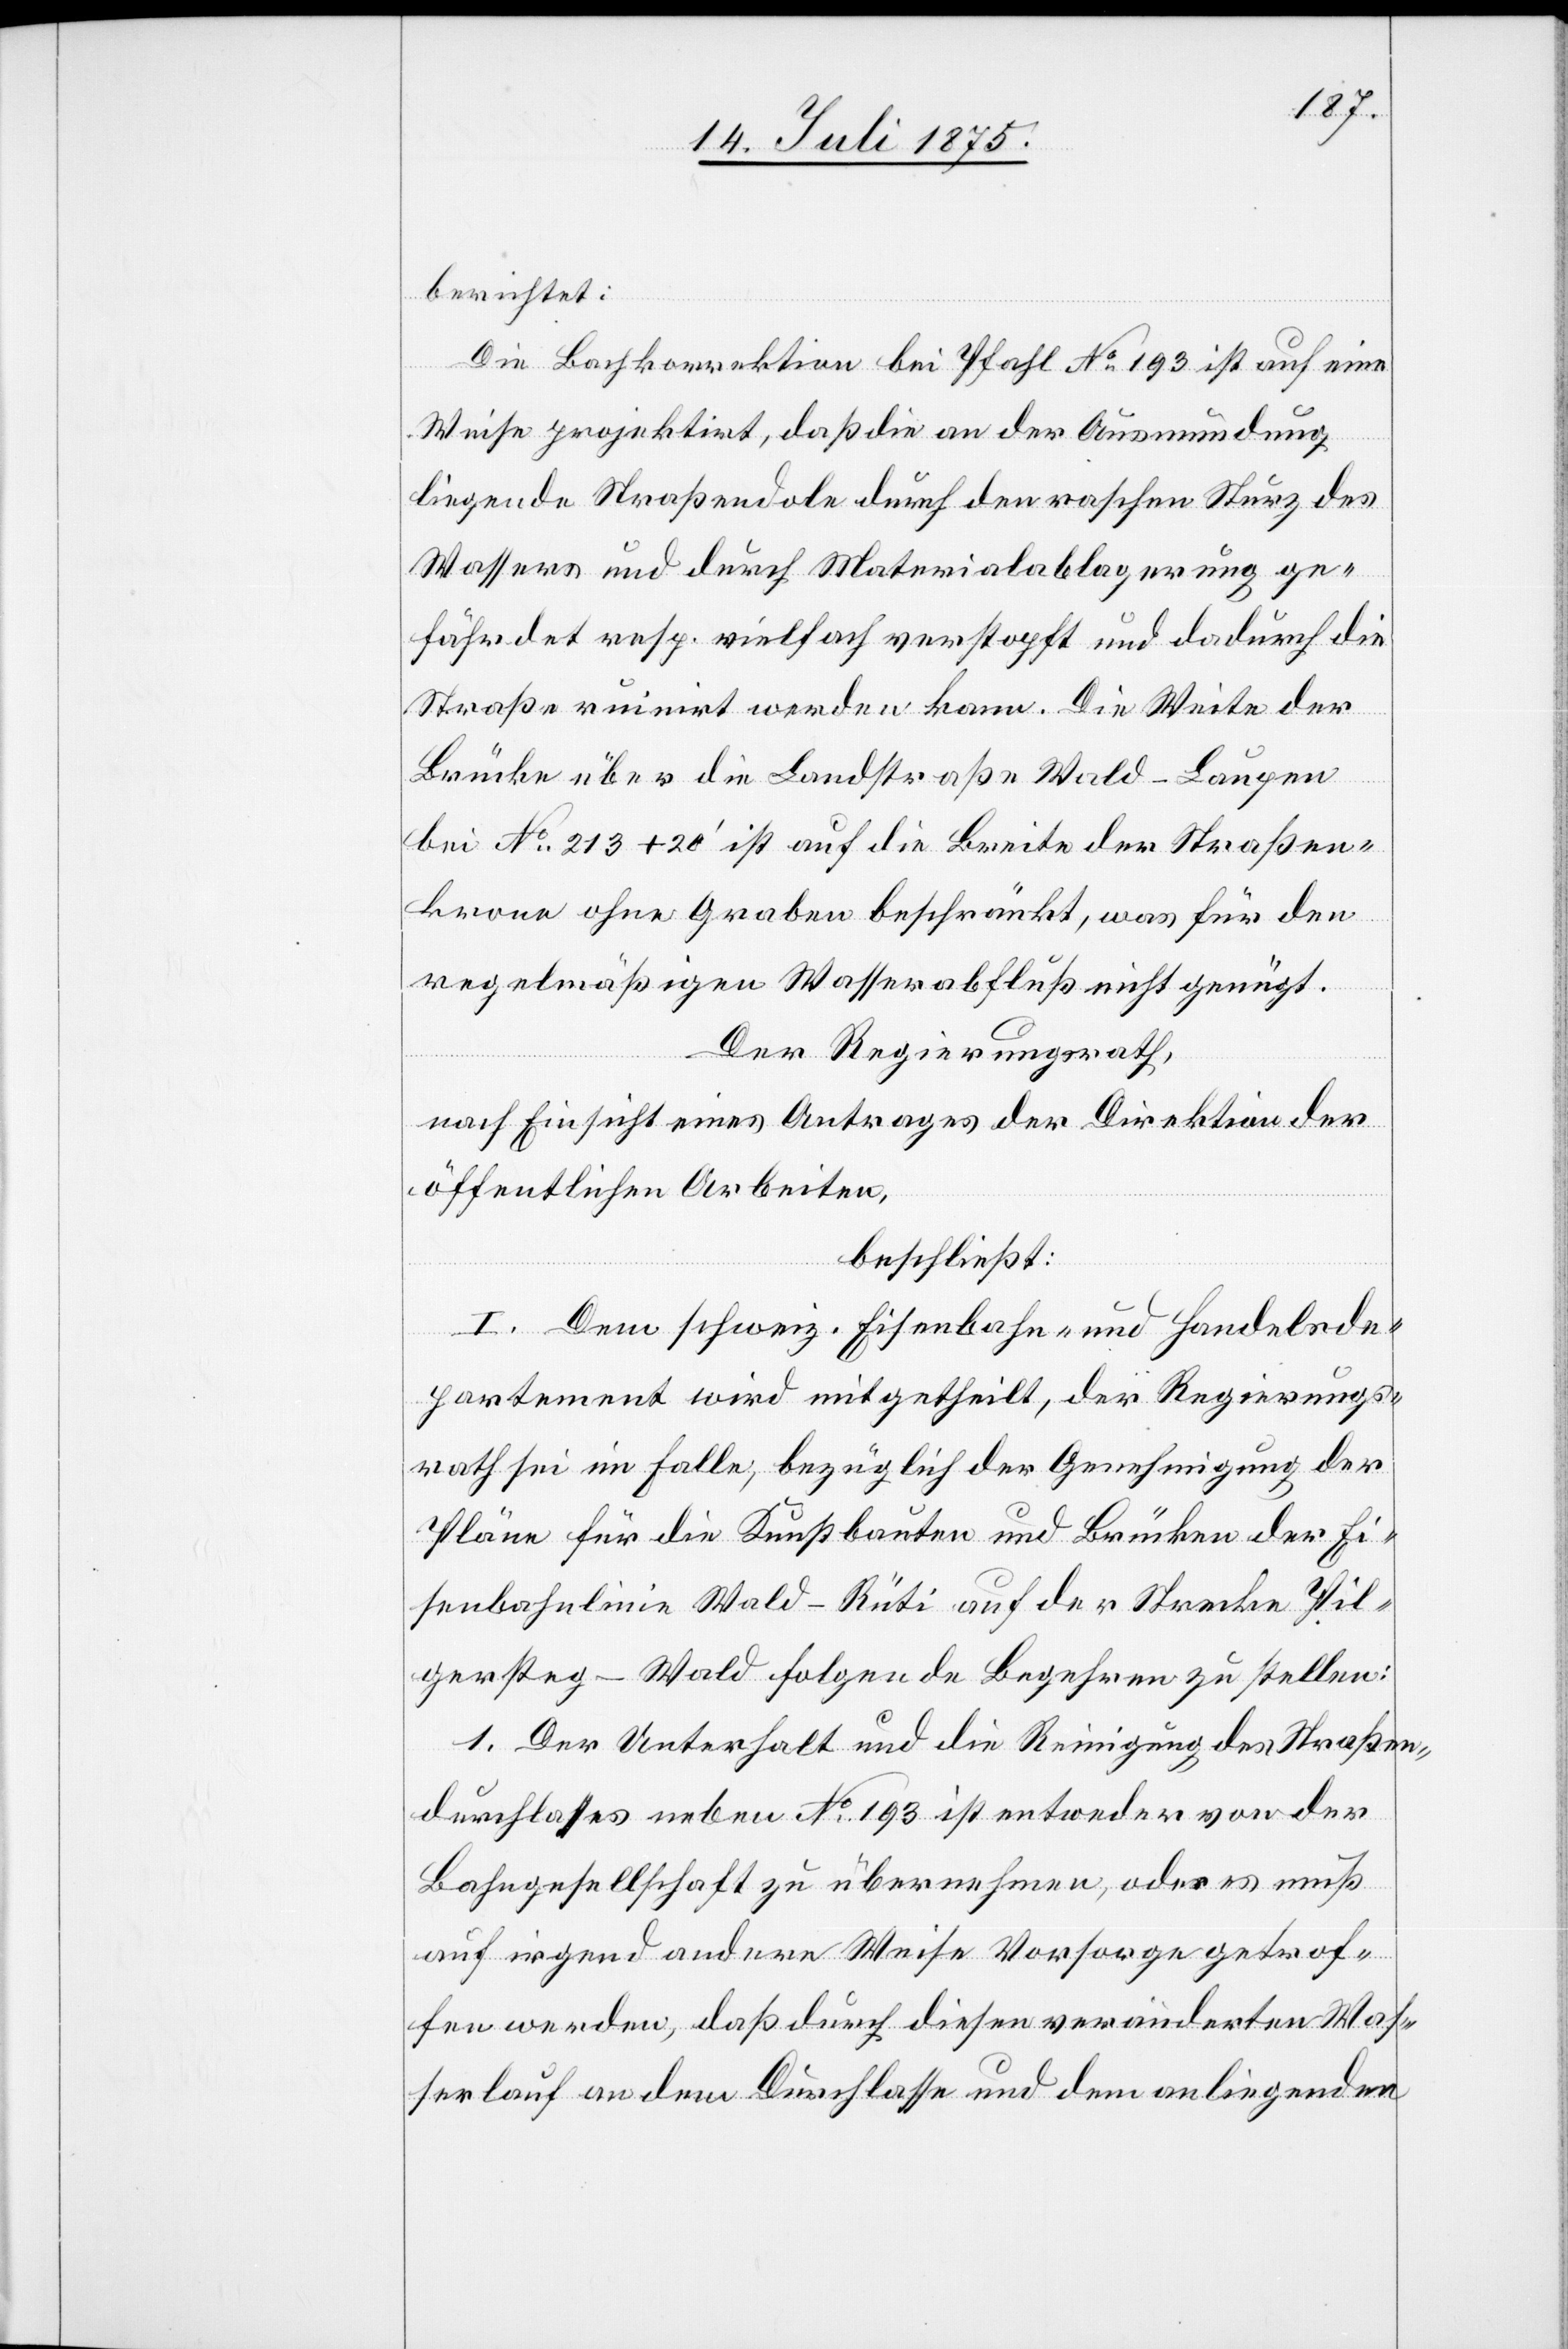
berichtet:
Die Bachkorrektion bei Pfahl No 193 ist auf eine
Weise projektirt, daß die an der Ausmündung
liegende Straßendole durch den raschen Sturz des
Wassers und durch Materialablagerung ge¬
fährdet resp. vielfach verstopft und dadurch die
Straße ruinirt werden kann. Die Weite der
Brücke über die Landstraße Wald–Laupen
bei No 213+20‘ ist auf die Breite der Straßen¬
krone ohne Graben beschränkt, was für den
regelmäßigen Wasserabfluß nicht genügt.
Der Regierungsrath,
nach Einsicht eines Antrages der Direktion der
öffentlichen Arbeiten,
beschließt:
I. Dem schweiz. Eisenbahn- und Handelsde¬
partement wird mitgetheilt, der Regierungs¬
rath sei im Falle, bezüglich der Genehmigung der
Pläne für die Kunstbauten und Brücken der Ei¬
senbahnlinie Wald–Rüti auf der Strecke Pil¬
gersteg–Wald folgende Begehren zu stellen:
1. Der Unterhalt und die Reinigung des Straßen¬
durchlassen neben No 193 ist entweder von der
Bahngesellschaft zu übernehmen, oder es muß
auf irgend andere Weise Vorsorge getrof¬
fen werden, daß durch diesen veränderten Was¬
serlauf an dem Durchlasse und dem anliegenden